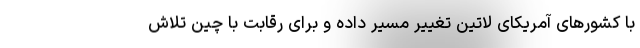
با کشورهای آمریکای لاتین تغییر مسیر داده و برای رقابت با چین تلاش